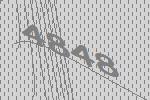
4848